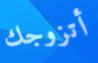
أتزوجك